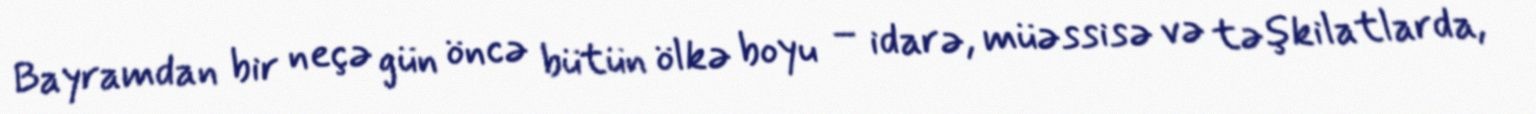
Bayramdan bir neçə gün öncə bütün ölkə boyu – idarə, müəssisə və təşkilatlarda,